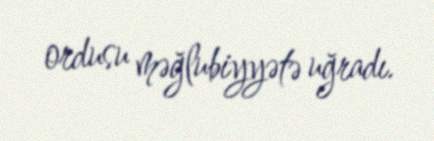
ordusu məğlubiyyətə uğradı.